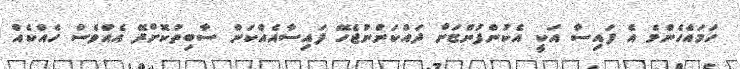
ހަމައެހެންމެ އެ ފައިސާ އަކީ އެކުންފުންޏަށް ދައްކަންނުޖެހޭ ފައިސާއެއްކަން ސާބިތުކޮށްދޭ އެއްވެސް ހެއްކެއް